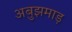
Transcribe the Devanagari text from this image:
अबुझमाड़